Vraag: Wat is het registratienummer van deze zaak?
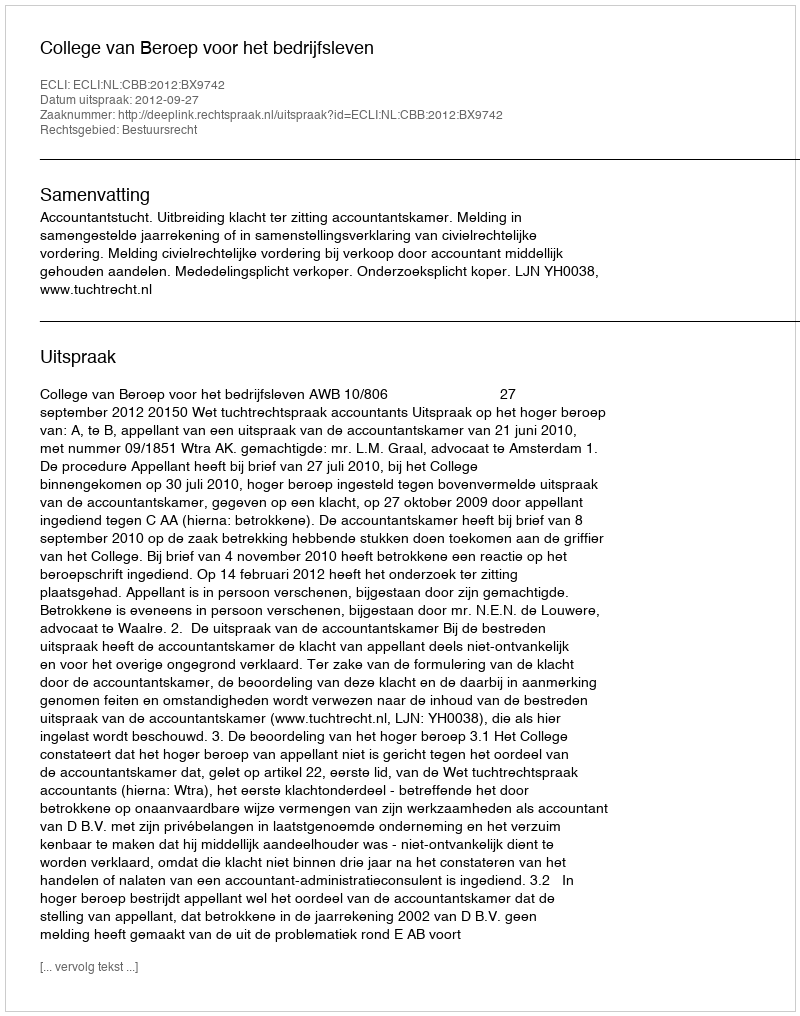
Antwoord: http://deeplink.rechtspraak.nl/uitspraak?id=ECLI:NL:CBB:2012:BX9742